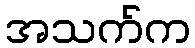
အသက်က